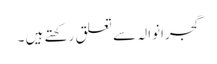
گجرانوالہ سے تعلق رکھتے ہیں ۔